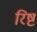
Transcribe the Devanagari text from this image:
रिष्ट